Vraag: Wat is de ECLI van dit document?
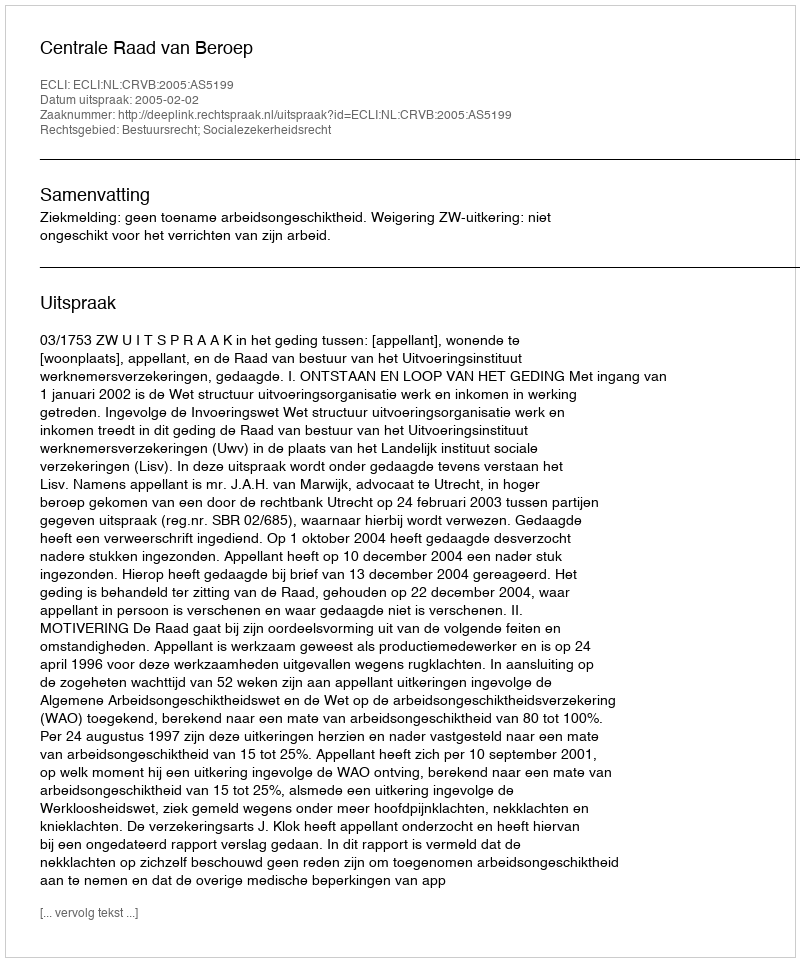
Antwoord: ECLI:NL:CRVB:2005:AS5199